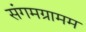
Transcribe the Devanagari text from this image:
संगमग्रामम